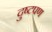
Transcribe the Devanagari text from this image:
दुष्टपण